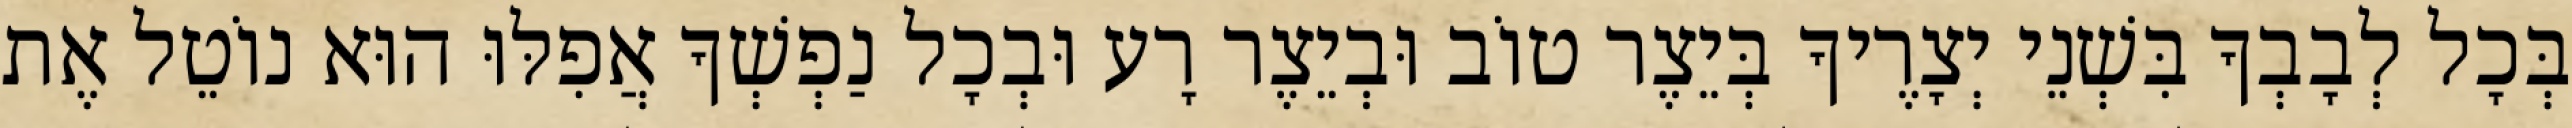
בְּכָל לְבָבְךָ בִּשְׁנֵי יְצָרֶיךָ בְּיֵצֶר טוֹב וּבְיֵצֶר רָע וּבְכָל נַפְשְׁךָ אֲפִלּוּ הוּא נוֹטֵל אֶת